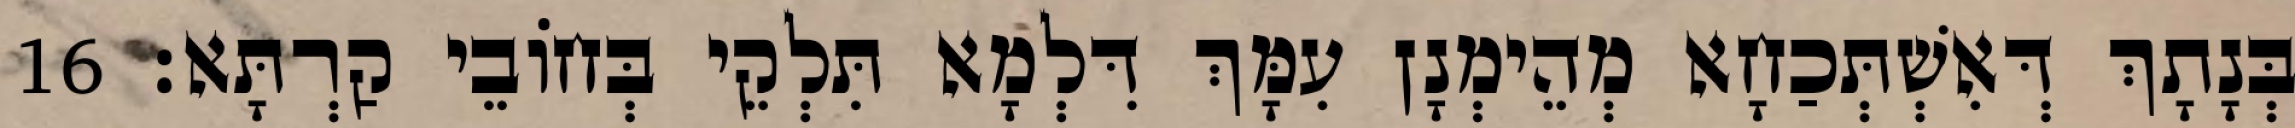
בְּנָתָךְ דְּאִשְׁתְּכַחָא מְהֵימְנָן עִמָּךְ דִּלְמָא תִּלְקֵי בְּחוֹבֵי קַרְתָּא׃ 16